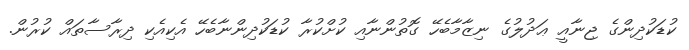
ކުޑަކުދިންގެ ޖިނާއީ ޢަދުލުގެ ނިޒާމާބެހޭ ގޮތުންނާއި ކުށްކުރާ ކުޑަކުދިންނާބެހޭ އެކިއެކި ދިރާސާތައް ކުރުން.